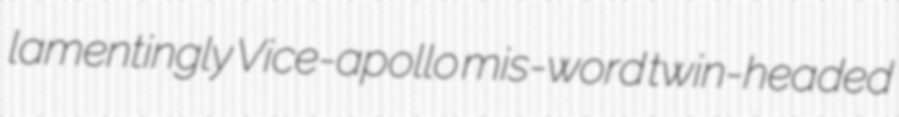
lamentingly Vice-apollo mis-word twin-headed